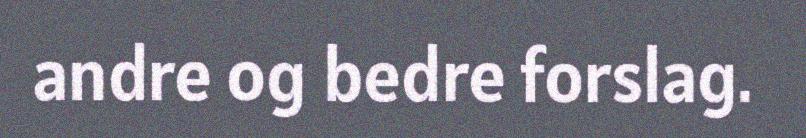
andre og bedre forslag.